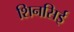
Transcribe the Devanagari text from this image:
शिनसिई